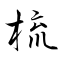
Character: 梳